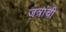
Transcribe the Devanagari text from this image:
जत्रांची